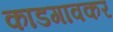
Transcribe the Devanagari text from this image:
काडगावकर